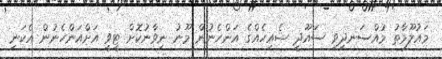
މައުލޫމާތު މުއްސަނދިވި ސައޫދީ ޝެއިހެއްގެ އަންހެނުން މޫނު ނިވާނުކޮށް ޓީވީ އަށްއަންހެނުން އެކަނި